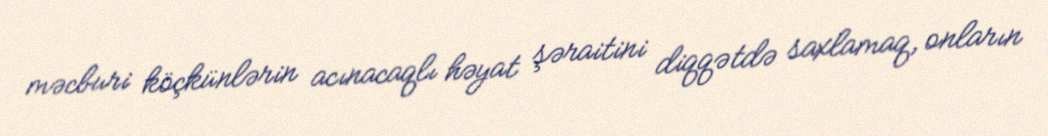
məcburi köçkünlərin acınacaqlı həyat şəraitini diqqətdə saxlamaq, onların